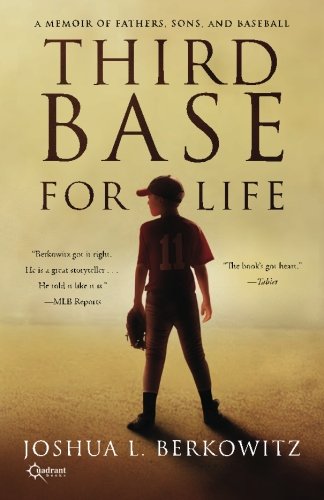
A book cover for Third Base for Life: A Memoir of Fathers, Sons, and Baseball; Joshua L. Berkowitz; Sports & Outdoors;